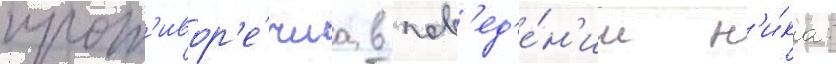
прот'ивор'е́чиа в пов'ед'е́н'ии н'и́ка: